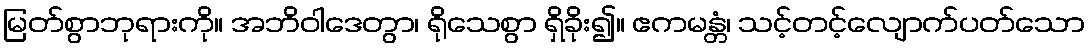
မြတ်စွာဘုရားကို။ အဘိဝါဒေတွာ၊ ရိုသေစွာ ရှိခိုး၍။ ဧကမန္တံ၊ သင့်တင့်လျောက်ပတ်သော